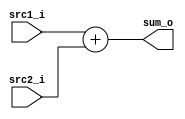
module Adder #(
    parameter ADDR_W = 64
)(
    src1_i,
	src2_i,
	sum_o
);
     
//I/O ports
input  [ADDR_W-1:0]  src1_i;
input  [ADDR_W-1:0]	 src2_i;
output [ADDR_W-1:0]	 sum_o;

//Internal Signals
wire    [ADDR_W-1:0]	 sum_o;
    
//Main function
assign sum_o = src1_i + src2_i;

endmodule